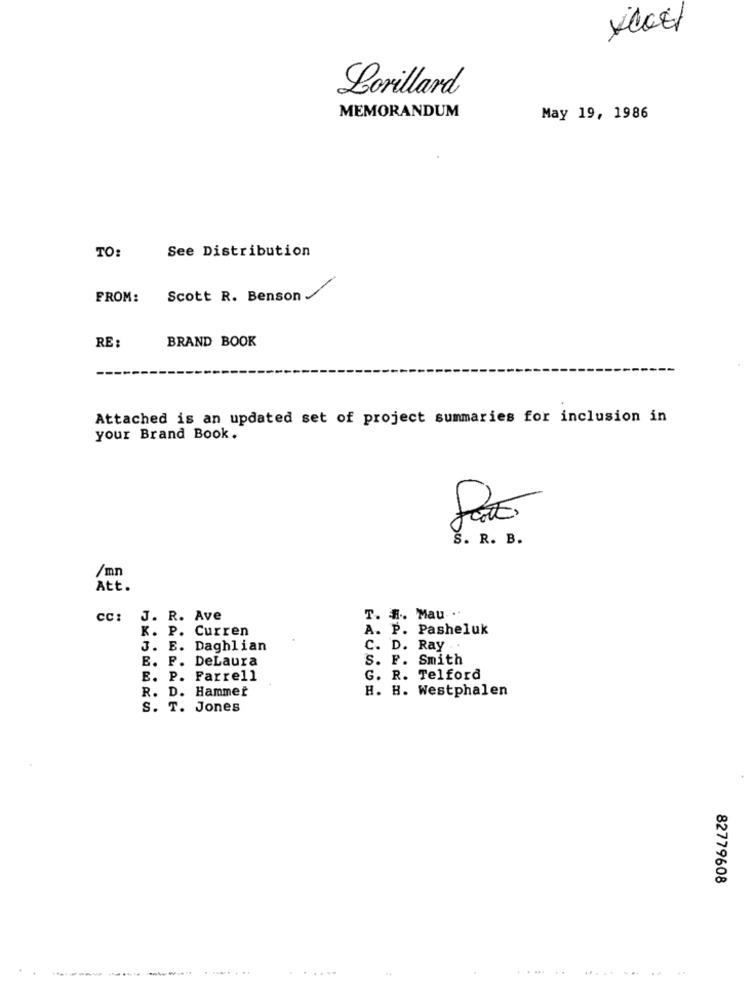
Lorillard
MEMORANDUM
May 19, 1986
TO:
See Distribution
FROM:
Scott R. Benson .
BRAND BOOK
RE:
Attached is an updated set of project summaries for inclusion in
your Brand Book.
S. R. B.
/mn
Att.
CC: J. R. Ave
T. #. Mau .
K. P. Curren
A. P. Pasheluk
J. E. Daghlian
C. D. Ray
E. F. DeLaura
S. F. Smith
E. P. Farrell
G. R. Telford
R. D. Hammer
H. H. Westphalen
S. T. Jones
82779608
.....
....... ..... ... .